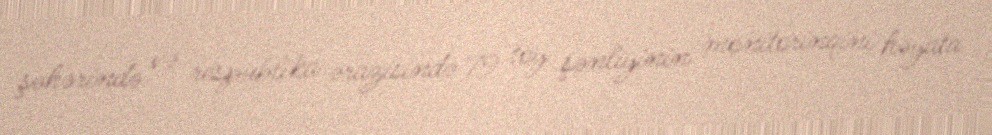
şəhərində və respublika ərazisində 79 toy şənliyinin monitorinqini həyata